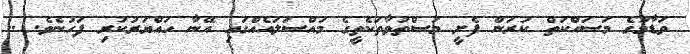
ވަޑާމުގެ މަސައްކަތް ކުރަން ފެށީ މަސްތުވާތަކެތީގެ މައްސަލައެއްގައި އޭނާ ހައްޔަރުކުރި ފަހުނެވެ. ..